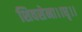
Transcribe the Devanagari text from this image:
शिवसेना।।धृ।।